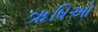
ૠષિઓ